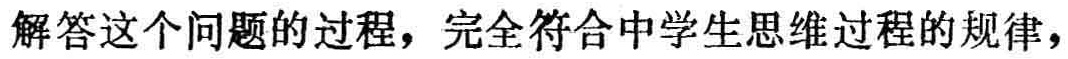
解答这个问题的过程，完全符合中学生思维过程的规律，